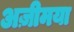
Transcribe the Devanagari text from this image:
अज़ीमया